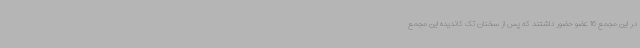
در این مجمع 16 عضو حضور داشتند که پس از سخنان تک کاندیده این مجمع